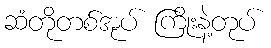
ဆံတိုတစ်အုပ် ကြိုးနဲ့တုပ်